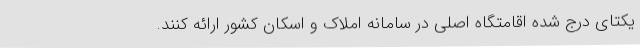
یکتای درج شده اقامتگاه اصلی در سامانه املاک و اسکان کشور ارائه کنند.